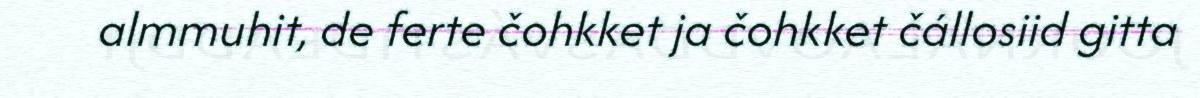
almmuhit, de ferte čohkket ja čohkket čállosiid gitta